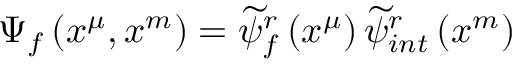
\Psi _ { f } \left( x ^ { \mu } , x ^ { m } \right) = \widetilde { \psi } _ { f } ^ { r } \left( x ^ { \mu } \right) \widetilde { \psi } _ { i n t } ^ { r } \left( x ^ { m } \right)